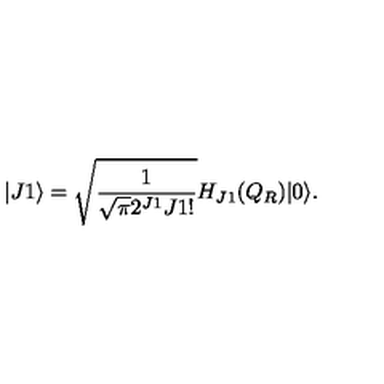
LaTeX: | J 1 \rangle = \sqrt { \frac { 1 } { \sqrt { \pi } 2 ^ { J 1 } J 1 ! } } H _ { J 1 } ( Q _ { R } ) | 0 \rangle .